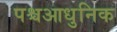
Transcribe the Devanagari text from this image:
पश्चआधुनिक